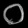
Digit: ၀